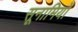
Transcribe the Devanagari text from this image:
सूनामियों